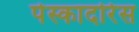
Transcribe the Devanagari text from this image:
पेस्कादोरेस